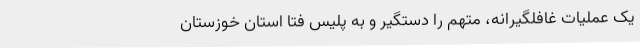
یک عملیات غافلگیرانه، متهم را دستگیر و به پلیس فتا استان خوزستان